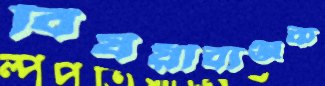
বিষয়ীব্যঞ্জক